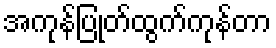
အကုန်ပြုတ်ထွက်ကုန်တာ